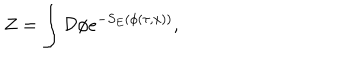
Z = \int { \cal D } \phi e ^ { - S _ { E } ( \phi ( \tau , { \bf x } ) ) } ,